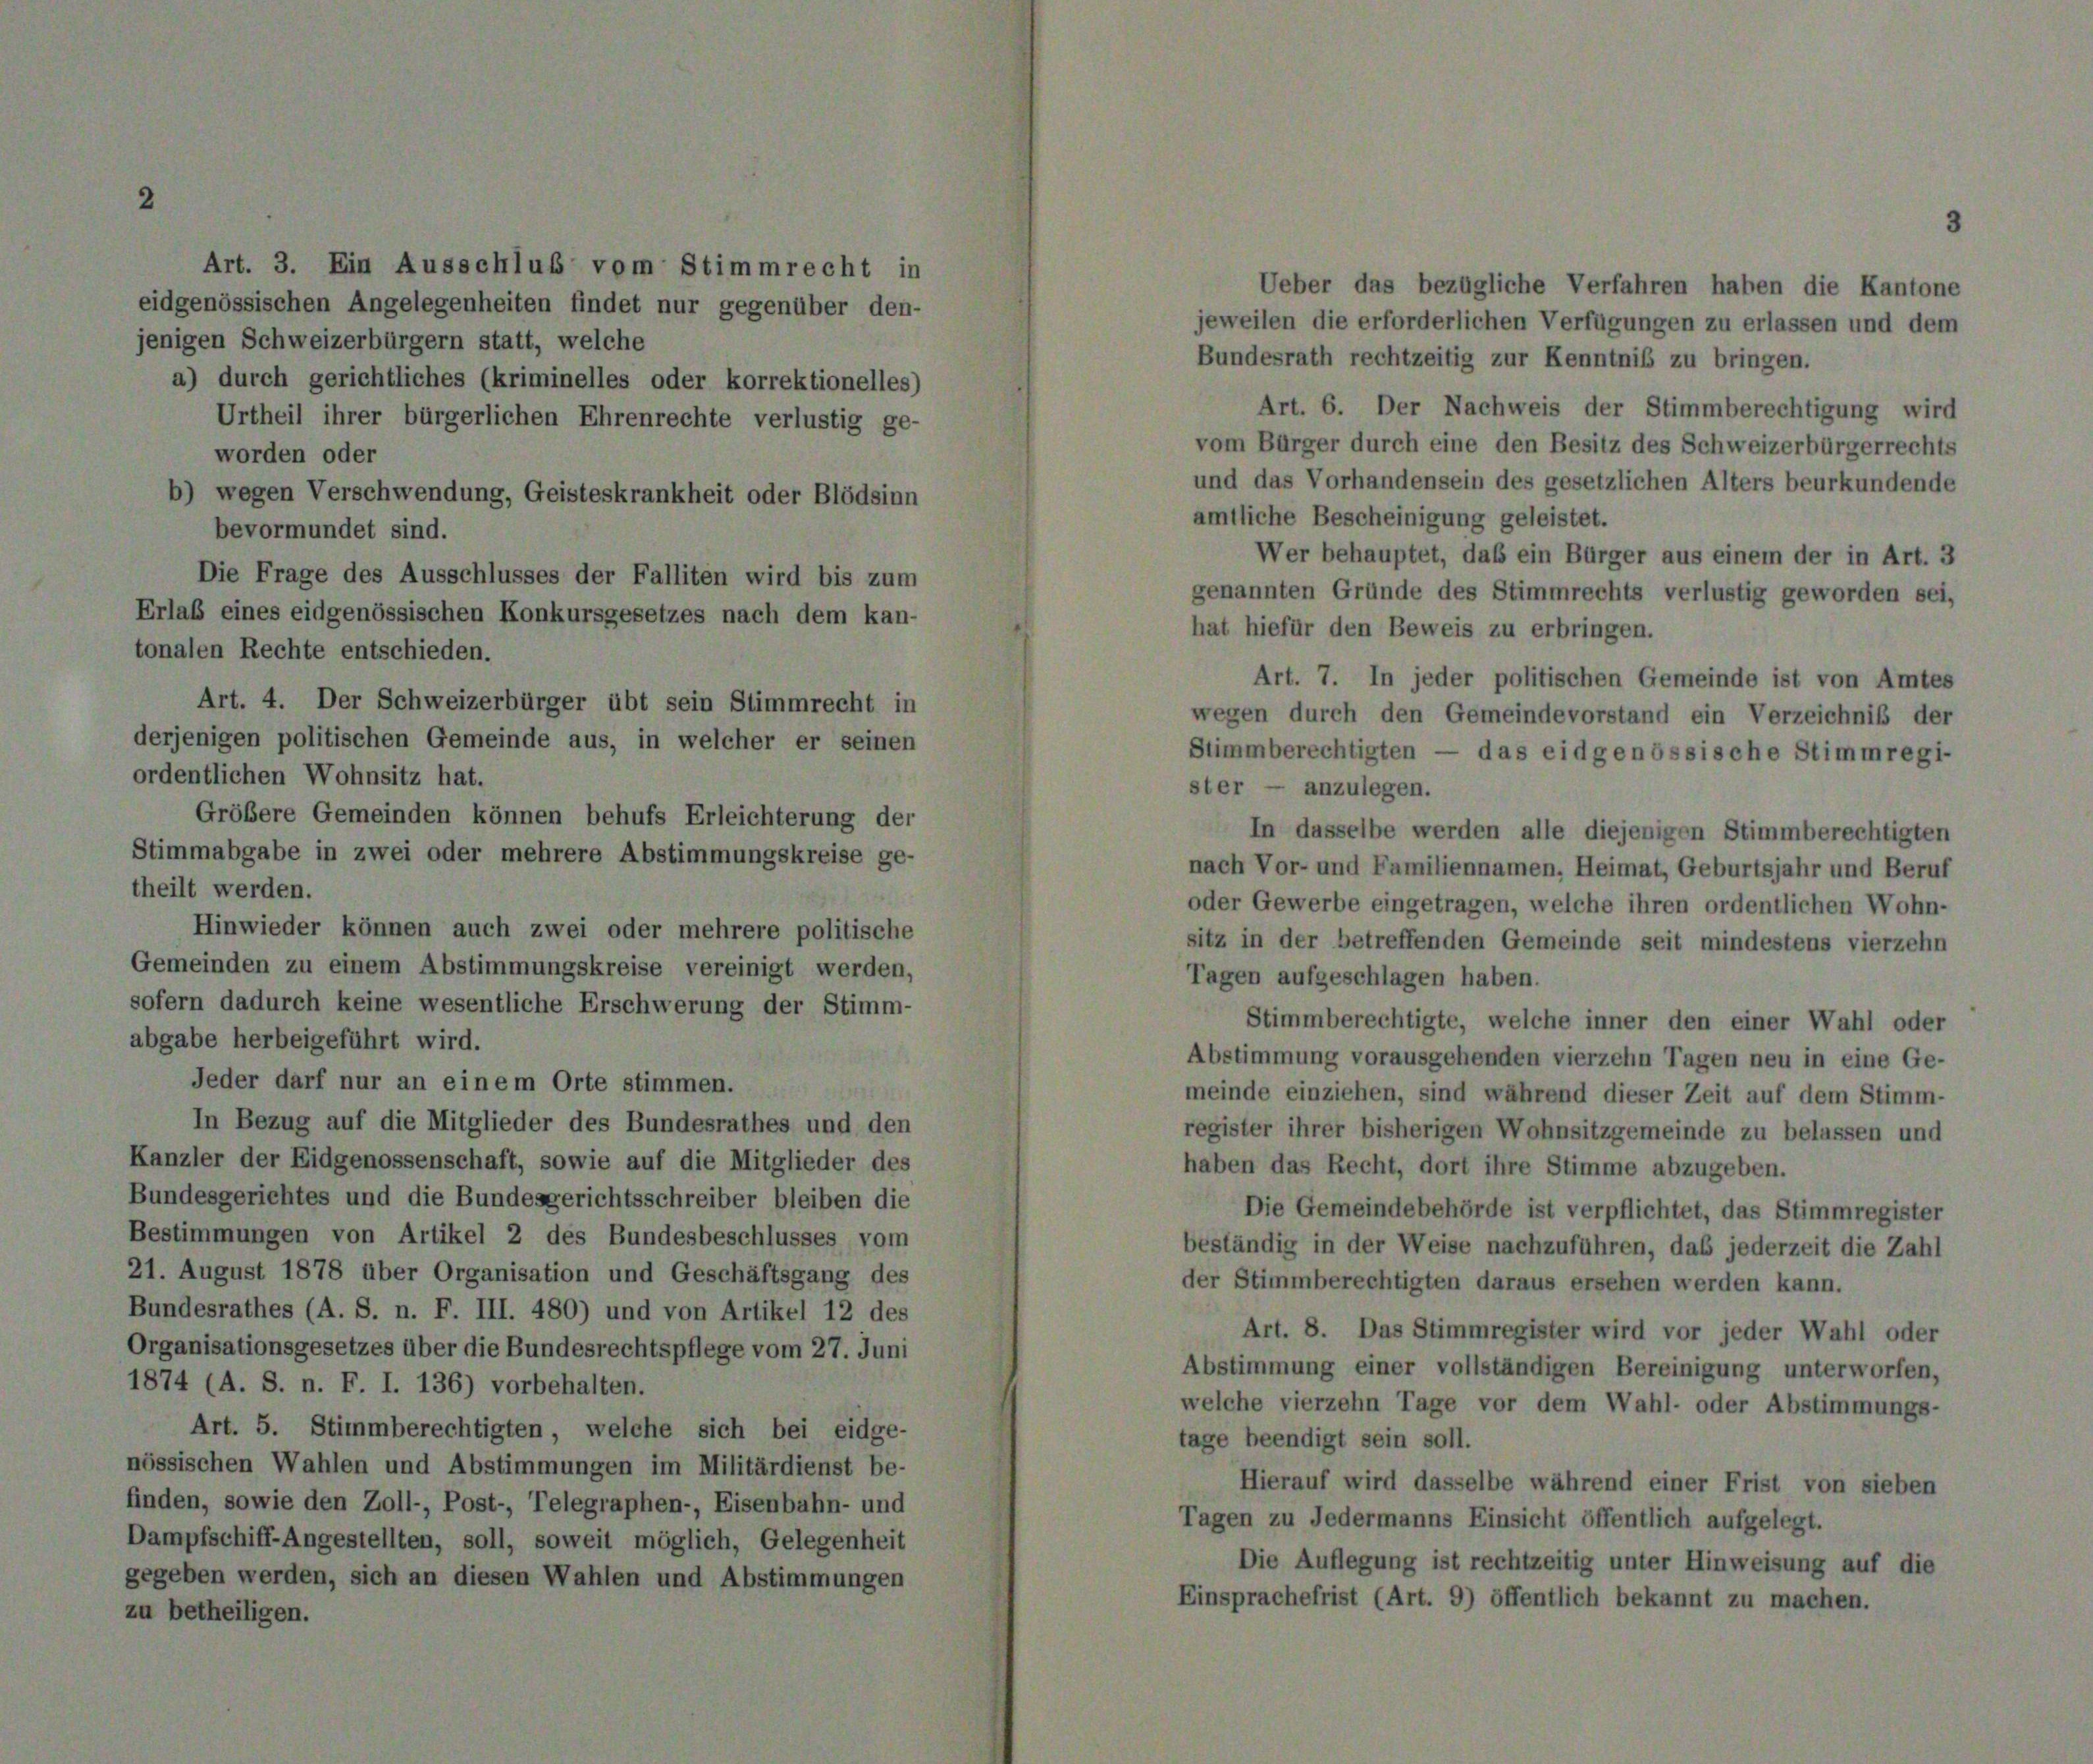
21.

Organ
1874.

zern statt, welc
iches (kriminelle

de

der darf nur an einem Orte stimmen.
 Bezug auf die Mitglieder des Bundesrathes und
r der Eidgenossenschaft, sowie auf die Mitglieder
gerichtes und die Bundesgerichtsschreiber bleiben
nungen von Artikel 2 des Bundesbeschlusses V
gust 1878 über Organisation und Geschäftsgang
rathes (A. S. n. F. III. 480) und von Artikel 12
sationsgesetzes über die Bundesrechtspflege vom 27.
A. S. n. F. I. 136) vorbehalten.

g, G.

und Abstimmungen
Zoll-, Post-, Telegra

Ehre

beh

8

ere Absti

Erl

zwei oder mehrere po
imungskreise vereinigt
liche Erschwerung der 1

des
les

m.

V.

In dasselbe werden alle diejenigen Stimmberechtigten
h Vor- und Familiennamen, Heimat, Geburtsjahr und Beruf
r Gewerbe eingetragen, welche ihren ordentlichen Wohn-
« in der betreffenden Gemeinde seit mindestens vierzehn
gen aufgeschlagen haben.
Stimmberechtigte, welche inner den einer Wahl oder
stimmung vorausgehenden vierzehn Tagen neu in eine Ge-
nde einziehen, sind während dieser Zeit auf dem Stimm-
register ihrer bisherigen Wohnsitzgemeinde zu belassen und
en das Recht, dort ihre Stimme abzugeben.
Die Gemeindebehörde ist verpflichtet, das Stimmregister
ändig in der Weise nachzuführen, daß jederzeit die Zahl
er Stimmberechtigten daraus ersehen werden kann.
Art. 8. Das Stimmregister wird vor jeder Wahl oder
timmung einer vollständigen Bereinigung unterworfen,
che vierzehn Tage vor dem Wahl- oder Abstimmungs-

der

r Nac

e

V

zer durch eine den Besitz des
densein des gesetzlichen

Wer behauptet, daß ein Bürger aus einem der in Ar
nnten Gründe des Stimmrechts verlustig geword

rmanns Einsicht
gung ist rechtze
(Art. 9) öffent

8

iefür den Beweis zu erbringen.
Art. 7. In jeder politischen Gemeinde ist von d
n durch den Gemeindevorstand ein Verzeichn

ig

eidgenös

chwe

is

er

nn